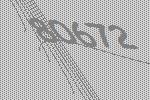
80672